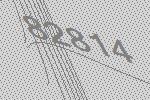
82814